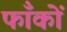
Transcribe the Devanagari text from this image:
फाँकों